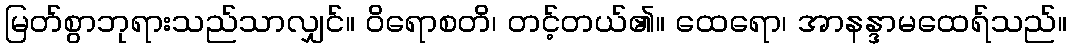
မြတ်စွာဘုရားသည်သာလျှင်။ ဝိရောစတိ၊ တင့်တယ်၏။ ထေရော၊ အာနန္ဒာမထေရ်သည်။